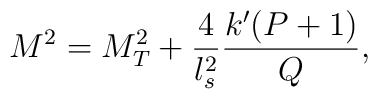
M^2=M_T^2+\frac{4}{l_s^2}\frac{k'(P+1)}{Q},